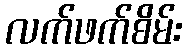
လက်ဖက်စိမ်း